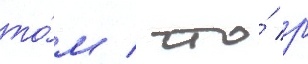
то́м / что́ р